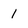
Character: 1